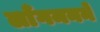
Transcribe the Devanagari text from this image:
लाँगमनने